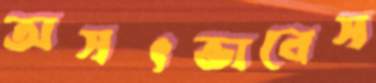
অসৎভাবেস